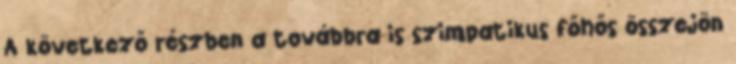
A következő részben a továbbra is szimpatikus főhős összejön